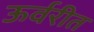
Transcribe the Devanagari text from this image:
ऊर्वरीत